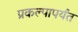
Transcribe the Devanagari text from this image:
प्रकल्पापर्यंत